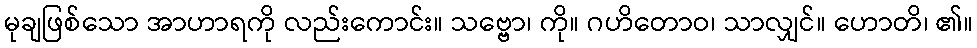
မုချဖြစ်သော အာဟာရကို လည်းကောင်း။ သဗ္ဗော၊ ကို။ ဂဟိတောဝ၊ သာလျှင်။ ဟောတိ၊ ၏။